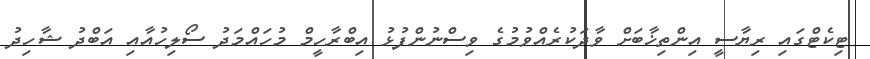
ޓިކެޓްގައި ރިޔާސީ އިންތިޚާބަށް ވާދަކުރެއްވުމުގެ ވިސްނުންފުޅު އިބްރާހީމް މުހައްމަދު ސޯލިހުއާއި އަބްދު ޝާހިދު